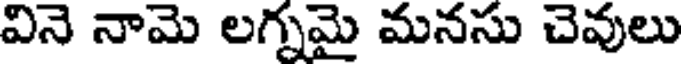
వినె నామె లగ్నమై మనసు చెవులు